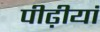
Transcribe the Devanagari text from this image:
पीढ़ीयां